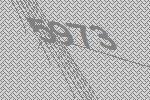
5973